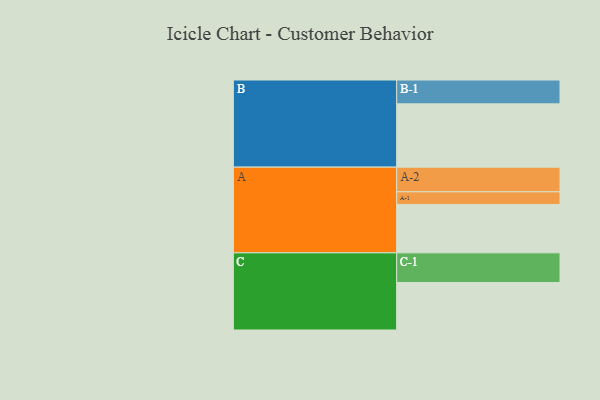
{"axis": {"x": "Segment", "y": "Value"}, "legend": ["", "A", "B", "C"], "data": [{"x": "A", "y": 436, "type": ""}, {"x": "B", "y": 570, "type": ""}, {"x": "C", "y": 428, "type": ""}, {"x": "A-1", "y": 114, "type": "A"}, {"x": "A-2", "y": 222, "type": "A"}, {"x": "B-1", "y": 215, "type": "B"}, {"x": "C-1", "y": 267, "type": "C"}]}